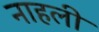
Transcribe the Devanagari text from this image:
नाहली